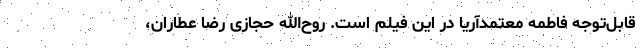
قابل‌توجه فاطمه معتمدآریا در این فیلم است. روح‌الله حجازی رضا عطاران،